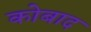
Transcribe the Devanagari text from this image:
कोबाद